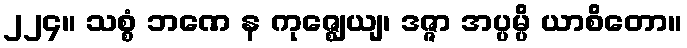
၂၂၄။ သစ္စံ ဘဏေ န ကုဇ္ဈေယျ၊ ဒဇ္ဇာ အပ္ပမ္ပိ ယာစိတော။